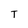
Character: T